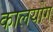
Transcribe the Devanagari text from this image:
कालयोग